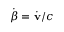
\dot { \boldsymbol { { \beta } } } = \dot { \mathbf { v } } / c